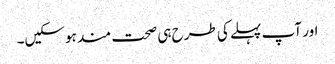
اور آپ پہلے کی طرح ہی صحت مند ہوسکیں۔